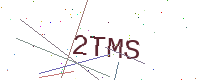
Text: 2TMS